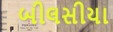
બીલસીયા